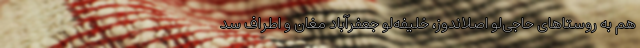
هم به روستاهای حاجی‌لو اصلاندوز، خلیفه‌لو جعفرآباد مغان و اطراف سد